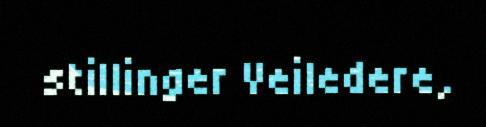
stillinger Veiledere,